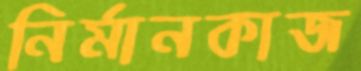
নির্মানকাজ